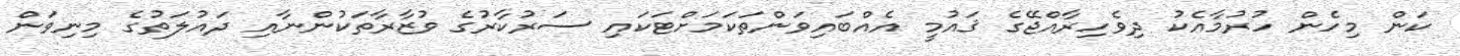
ކަން މިހެން ހުރުމާއެކު ދިވެހިރާއްޖޭގެ ޤައުމީ އެއްބައިވަންތަކަމަށްޓަކައި ސަރުކާރުގެ ވުޒާރާތަކުންނާއި ދައުލަތުގެ މިނިވަން